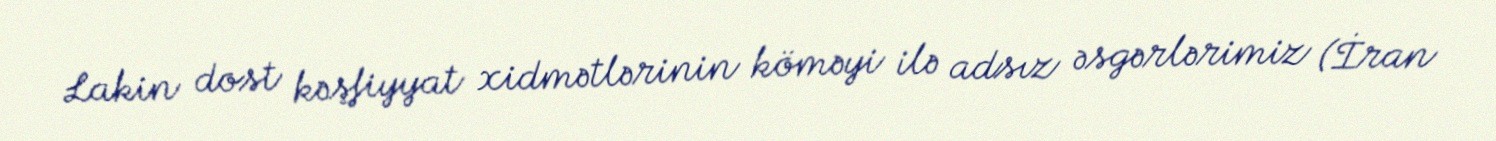
Lakin dost kəşfiyyat xidmətlərinin köməyi ilə adsız əsgərlərimiz (İran